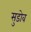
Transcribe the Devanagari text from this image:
सुडोव